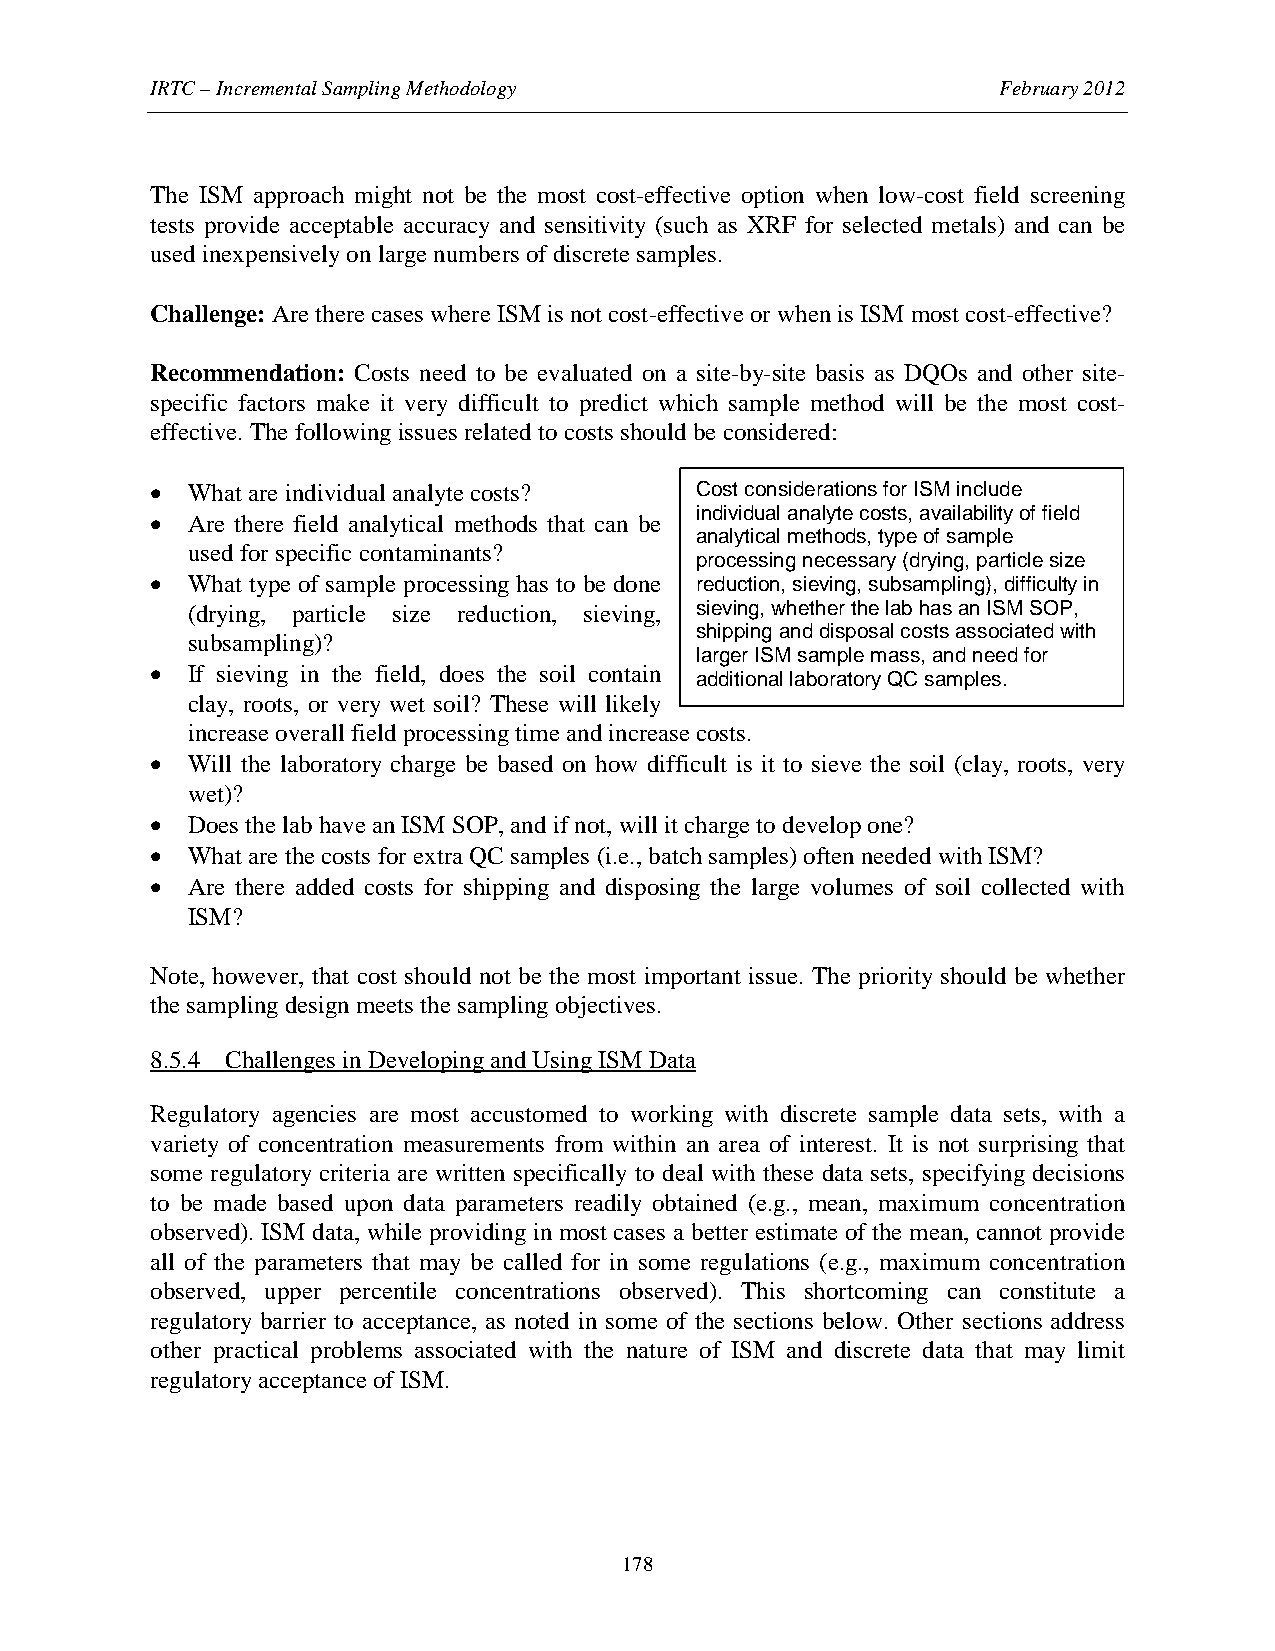
IRTC – Incremental Sampling Methodology                 February 2012
 The ISM approach might not be the most cost-effective option when low-cost field screening
 tests provide acceptable accuracy and sensitivity (such as XRF for selected metals) and can be
 used inexpensively on large numbers of discrete samples.
 Challenge: Are there cases where ISM is not cost-effective or when is ISM most cost-effective?
 Recommendation: Costs need to be evaluated on a site-by-site basis as DQOs and other site-
 specific factors make it very difficult to predict which sample method will be the most cost-
 effective. The following issues related to costs should be considered:
 • What are individual analyte costs? Cost considerations for ISM include
 individual analyte costs, availability of field
 • Are there field analytical methods that can be
 analytical methods, type of sample
 used for specific contaminants?
 processing necessary (drying, particle size
 • What type of sample processing has to be done reduction, sieving, subsampling), difficulty in
 (drying, particle size reduction, sieving, sieving, whether the lab has an ISM SOP,
 shipping and disposal costs associated with
 subsampling)?
 larger ISM sample mass, and need for
 • If sieving in the field, does the soil contain
 additional laboratory QC samples.
 clay, roots, or very wet soil? These will likely
 increase overall field processing time and increase costs.
 • Will the laboratory charge be based on how difficult is it to sieve the soil (clay, roots, very
 wet)?
 • Does the lab have an ISM SOP, and if not, will it charge to develop one?
 • What are the costs for extra QC samples (i.e., batch samples) often needed with ISM?
 • Are there added costs for shipping and disposing the large volumes of soil collected with
 ISM?
 Note, however, that cost should not be the most important issue. The priority should be whether
 the sampling design meets the sampling objectives.
 8.5.4 Challenges in Developing and Using ISM Data
 Regulatory agencies are most accustomed to working with discrete sample data sets, with a
 variety of concentration measurements from within an area of interest. It is not surprising that
 some regulatory criteria are written specifically to deal with these data sets, specifying decisions
 to be made based upon data parameters readily obtained (e.g., mean, maximum concentration
 observed). ISM data, while providing in most cases a better estimate of the mean, cannot provide
 all of the parameters that may be called for in some regulations (e.g., maximum concentration
 observed, upper percentile concentrations observed). This shortcoming can constitute a
 regulatory barrier to acceptance, as noted in some of the sections below. Other sections address
 other practical problems associated with the nature of ISM and discrete data that may limit
 regulatory acceptance of ISM.
 178